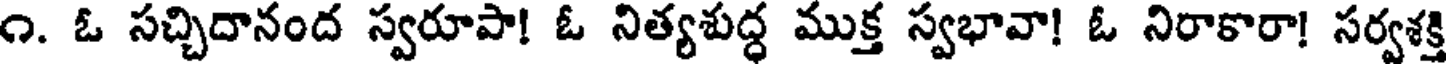
౧. ఓ సచ్చిదానంద స్వరూపా! ఓ నిత్యశుద్ధ ముక్త స్వభావా! ఓ నిరాకారా! సర్వశక్తి